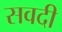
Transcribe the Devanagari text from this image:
सवदी